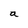
Character: a